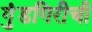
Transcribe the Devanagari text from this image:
गुंडगिरीची